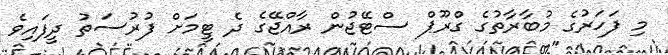
މި ފަހަރުގެ މުބާރާތުގެ ގްރޫޕް ސްޓޭޖުން ރާއްޖޭގެ ދެ ޓީމަށް ފުރުސަތު ދީފައިވެ